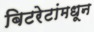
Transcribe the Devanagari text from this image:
बिटरेटांमधून